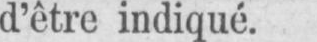
d’être indiqué.